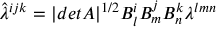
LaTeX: \hat { \lambda } ^ { i j k } = | d e t A | ^ { 1 / 2 } B _ { l } ^ { i } B _ { m } ^ { j } B _ { n } ^ { k } \lambda ^ { l m n }